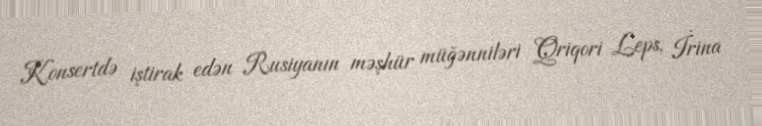
Konsertdə iştirak edən Rusiyanın məşhür müğənniləri Qriqori Leps, İrina